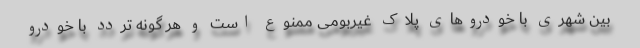
بین شهری با خودروهای پلاک غیربومی ممنوع است و هر گونه تردد با خودرو